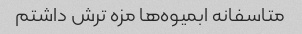
متاسفانه ابمیوه‌ها مزه ترش داشتم